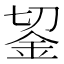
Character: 𨥓